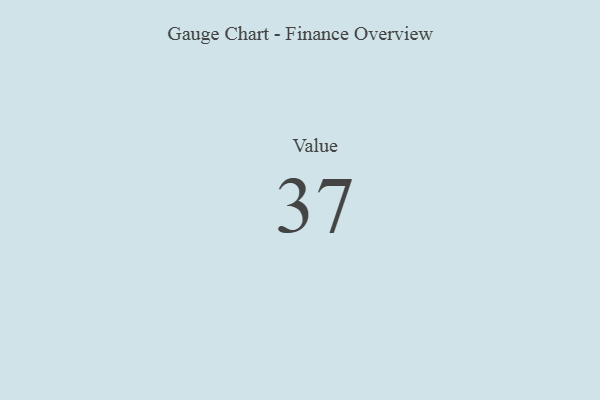
{"axis": {"x": "Metric", "y": "Value"}, "legend": [""], "data": [{"x": "Value", "y": 37, "type": ""}]}